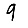
Digit: 9